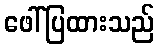
ဖေါ်ပြထားသည်